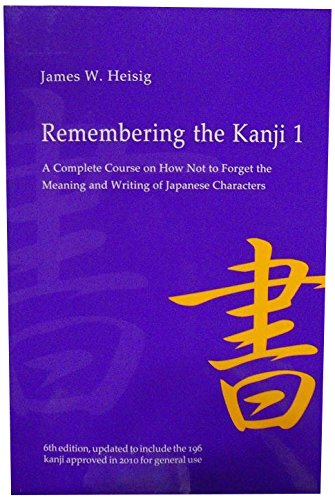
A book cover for Remembering the Kanji 1: A Complete Course on How Not to Forget the Meaning and Writing of Japanese Characters; James W. Heisig; Politics & Social Sciences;